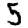
Digit: 5